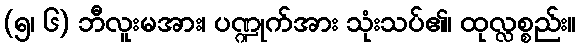
(၅၊ ၆) ဘီလူးမအား၊ ပဏ္ဍုက်အား သုံးသပ်၏၊ ထုလ္လစ္စည်း။